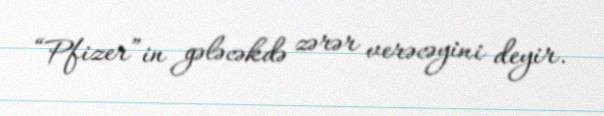
“Pfizer”in gələcəkdə zərər verəcəyini deyir.